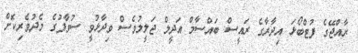
ރާއްޖޭގެ ފުޓްބޯޅަ އިދާރާގެ ރައީސް ބައްސާމް އަދީލް ޖަލީލުވެސް ވިދާޅުވީ ސުވާފުގެ މެދުވެރިކޮށް